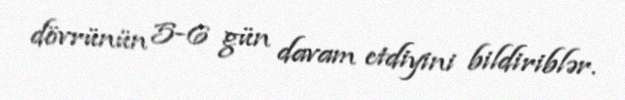
dövrünün 5-6 gün davam etdiyini bildiriblər.